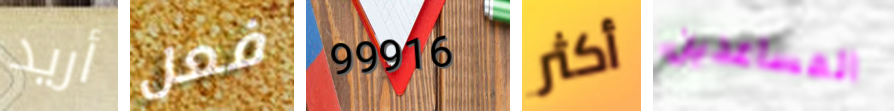
أريد فعل 99916 أكثر المساعدين